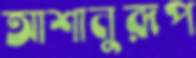
আশানুরূপ